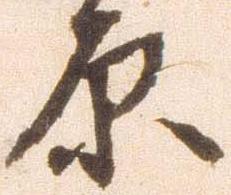
原